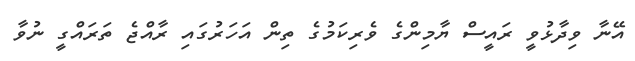
އޭނާ ވިދާޅުވީ ރައީސް ޔާމިންގެ ވެރިކަމުގެ ތިން އަހަރުގައި ރާއްޖެ ތަރައްގީ ނުވާ